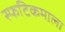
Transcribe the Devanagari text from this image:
स्फटिकमाला